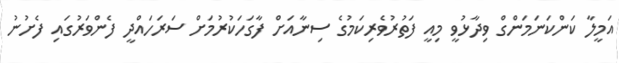
އަމީލާ ކަންކަނަމަންގް ވިދާޅުވީ މިއީ ފަތުރުވެރިކަމުގެ ސިނާއަށް ފާގަހަކުރުމަށް ސަރަހައްދީ ފެންވަރުގައި ފެށުނު